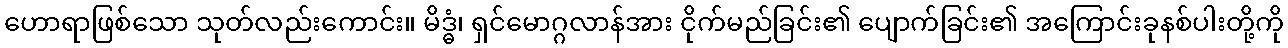
ဟောရာဖြစ်သော သုတ်လည်းကောင်း။ မိဒ္ဓံ၊ ရှင်မောဂ္ဂလာန်အား ငိုက်မည်ခြင်း၏ ပျောက်ခြင်း၏ အကြောင်းခုနစ်ပါးတို့ကို